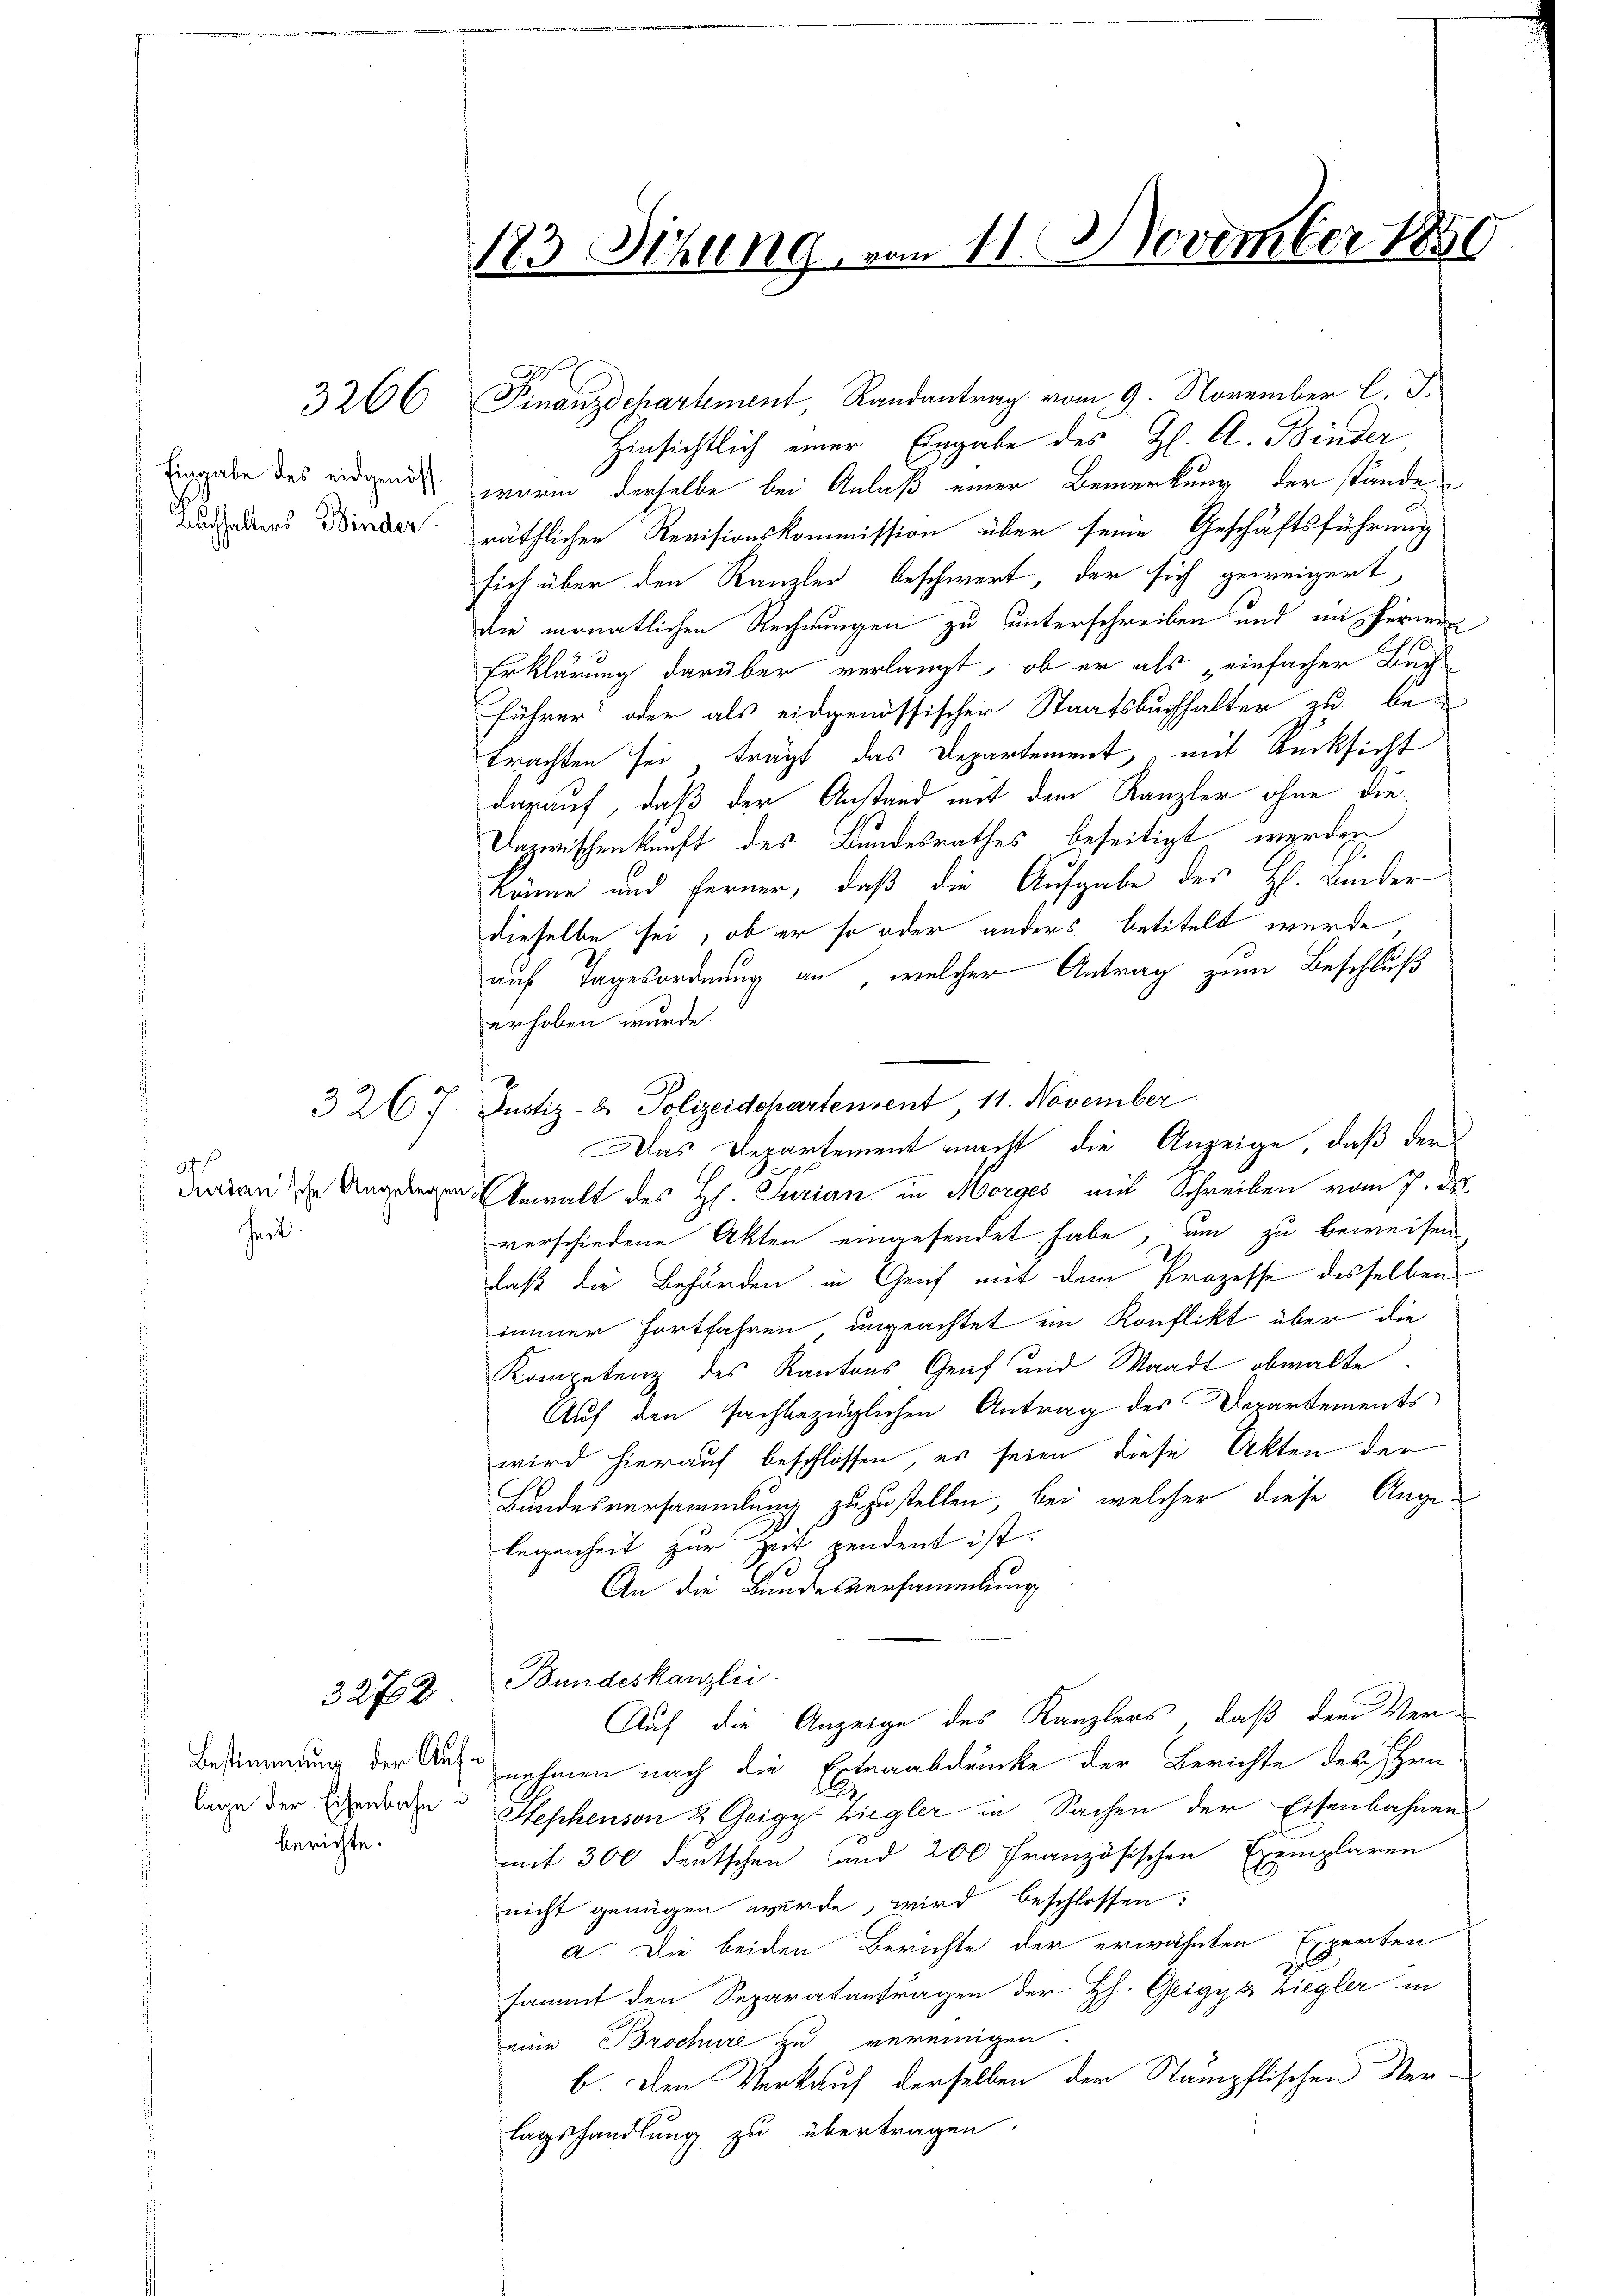
3266

Eingabe des eidgenöss
Buchhalters Binden.

h
Purian'sche Angelegen

326

heit.

3272

berichte.

183 Sitzung, vom 11. November 1851

Finanzdchartement, Randantrag vom 9. November l. J.
Hinsichtlich einer Eingabe des Hl. A. Binder
worin derselbe bei Anlaß einer Bemerkung der stände
räthlichen Revisionskommission über seine Geschäftsführung
sich über den Kanzler beschwert, der sich geweigert
die monatlichen Rechnungen zu unterschreiben und ein Ferner
Erklärung darüber verlangt, ob er als „einfacher Beiführer“ oder als eidgenössischer Staatsbuchhalter zu betrachten sei, trägt das Departement, mit Rücksicht
darauf, daß der Anstand mit dem Kanzler ohne die¬
Dazwischenkunft des Bundesrathes beseitigt werden
.
könne und Ferner, daß die Aufgabe des H. Binder
dieselbe sei, ob er so oder anders betitelt wurde,
auf Tagesordnung an, welcher Antrag zum Beschluß
erhoben wurde.
Justiz- & Polizeidchartement 11. November.
d. Gewalt des Hl. Jurian in Morges mit Schreiben vom 7. d.
verschiedene Akten eingesendet habe, um zu beweisen
daß die Behänden in Genf mit dem Prozesse desselben
immer fortfahren, ungeachtet ein Konflikt über die
Kompetenz des Kantons Genf und Waadt obwalte
Auf den sachbezüglichen Antrag des Departements
wird hierauf beschlossen, es seien diese Akten der
Landesversammlung zuzustellen, bei welcher diese Angelegenheit zur Zeit pendent ist.
de
An die Bundesversammlung
Bundeskanzlei.
Auf die Anzeige des Kanzlers, daß dem Ver¬
Bestimmung der Auf nehmen nach die Extraabdrucke der Berichte der Ehenlage der Eigendorden Heschenson 8 Geigy riegler in Sachen der Eisenbahnen
mit 300 deutschen und 200 französischen Exemplaren
nicht genügen wurde, wird beschlossen:
a. Die beiden Berichte der erwähnten Experten
2
sammt den Separatantragen der H. Geigys Ziegler in
eine Brochüre zu vereinigen.
b. Den Verkauf derselben der Stämpflischen Verlagshandlung zu übertragen:

Das Departement macht, die Anzeige, daß der